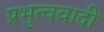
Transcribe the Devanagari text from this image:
प्रभुत्ववादी